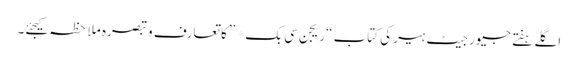
اگلے ہفتے جیورجیٹ ہیر کی کتاب “ریجن سی بک* ” کا تعارف و تبصرہ ملاحظہ کیجئے۔